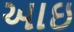
આઇ